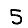
Digit: 5